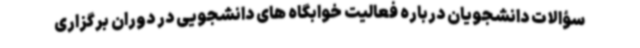
سؤالات دانشجویان درباره فعالیت خوابگاه های دانشجویی در دوران برگزاری